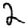
Digit: 2